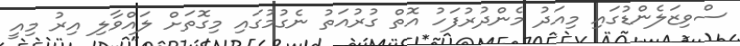
ސްވިޒަލެންޑުގައި މިއަދު މެންދުރުފަހު އޮތް ގުރުއަތު ނެގުމުގައި މިގޮތަށް ލައްވާލި އިރު މިއީ